Indian journal of veterinary science and animal husbandry - Volume 8,
Year: 1938
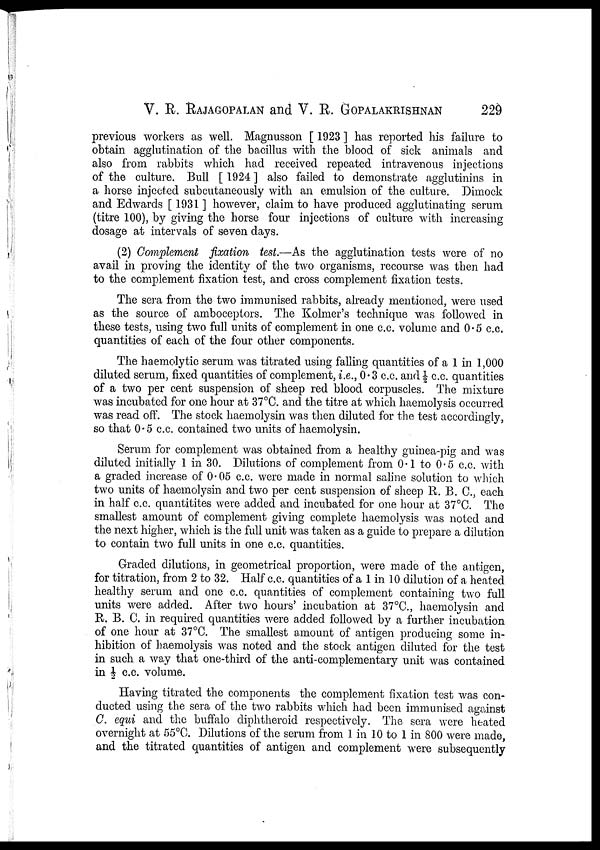
V. R. RAJAGOPALAN and V. R. GOPALAKRISHNAN 229
previous workers as well. Magnusson [ 1923 ] has reported his failure to
obtain agglutination of the bacillus with the blood of sick animals and
also from rabbits which had received repeated intravenous injections
of the culture. Bull [ 1924 ] also failed to demonstrate agglutinins in
a horse injected subcutaneously with an emulsion of the culture. Dimock
and Edwards [ 1931 ] however, claim to have produced agglutinating serum
(titre 100), by giving the horse four injections of culture with increasing
dosage at intervals of seven days.
(2) Complement fixation test.—As the agglutination tests were of no
avail in proving the identity of the two organisms, recourse was then had
to the complement fixation test, and cross complement fixation tests.
The sera from the two immunised rabbits, already mentioned, were used
as the source of amboceptors. The Kolmer's technique was followed in
these tests, using two full units of complement in one c.c. volume and 0.5 c.c.
quantities of each of the four other components.
The haemolytic serum was titrated using falling quantities of a 1 in 1,000
diluted serum, fixed quantities of complement, i.e., 0.3 c.c. and½ c.c. quantities
of a two per cent suspension of sheep red blood corpuscles. The mixture
was incubated for one hour at 37°C. and the titre at which haemolysis occurred
was read off. The stock haemolysin was then diluted for the test accordingly,
so that 0.5 c.c. contained two units of haemolysin.
Serum for complement was obtained from a healthy guinea-pig and was
diluted initially 1 in 30. Dilutions of complement from 0.1 to 0.5 c.c. with
a graded increase of 0.05 c.c. were made in normal saline solution to which
two units of haemolysin and two per cent suspension of sheep R. B. C, each
in half c.c. quantities were added and incubated for one hour at 37°C. The
smallest amount of complement giving complete haemolysis was noted and
the next higher, which is the full unit was taken as a guide to prepare a dilution
to contain two full units in one c.c. quantities.
Graded dilutions, in geometrical proportion, were made of the antigen,
for titration, from 2 to 32. Half c.c. quantities of a 1 in 10 dilution of a heated
healthy serum and one c.c. quantities of complement containing two full
units were added. After two hours' incubation at 37°C, haemolysin and
R. B. C. in required quantities were added followed by a further incubation
of one hour at 37°C. The smallest amount of antigen producing some in-
hibition of haemolysis was noted and the stock antigen diluted for the test
in such a way that one-third of the anti-complementary unit was contained
in ½ c.c. volume.
Having titrated the components the complement fixation test was con-
ducted using the sera of the two rabbits which had been immunised against
C. equi and the buffalo diphtheroid respectively. The sera were heated
overnight at 55°C. Dilutions of the serum from 1 in 10 to 1 in 800 were made,
and the titrated quantities of antigen and complement were subsequently